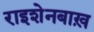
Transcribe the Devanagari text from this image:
राइशेनबाख़